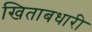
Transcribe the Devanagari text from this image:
खिताबधारी